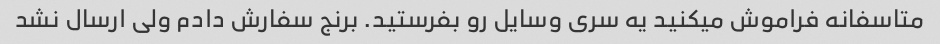
متاسفانه فراموش میکنید یه سری وسایل رو بفرستید. برنج سفارش دادم ولی ارسال نشد